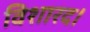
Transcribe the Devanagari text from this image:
विशारद।